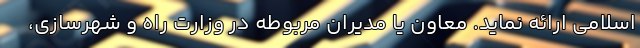
اسلامی ارائه نماید. معاون یا مدیران مربوطه در وزارت راه و شهرسازی،